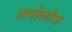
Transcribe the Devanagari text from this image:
अपोलोज